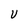
Character: U